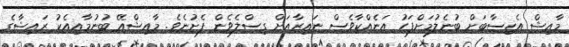
މާއިޝް އެހިސާބަށް ބުނެލުމަށްފަހު އަނެއްކާވެސް ނައިރާއަށް ގިސްލެވެން ފެށުނެވެ. މާއިޝްއޭ ބުނުމާއިއެކު ރައިޝާގެ